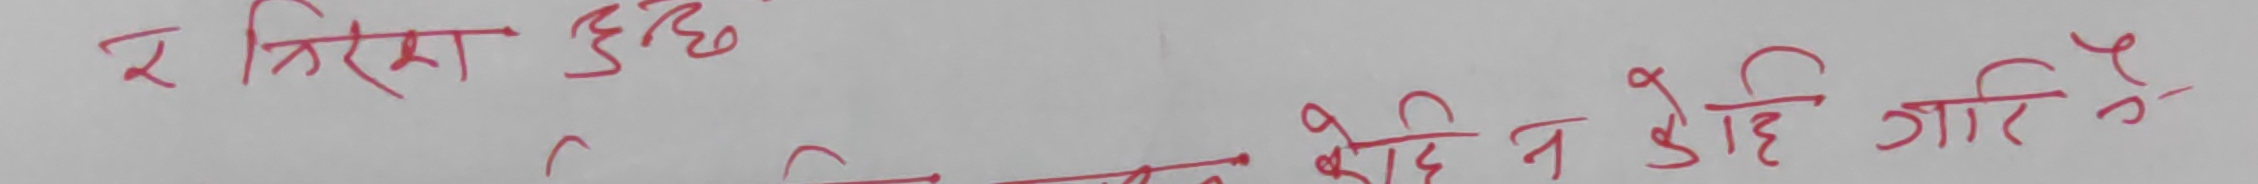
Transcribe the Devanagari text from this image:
र निराशा हुन्छ
निरन्तर कोहि न कोहि गारि नै